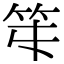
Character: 𥫻